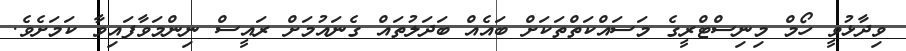
ވިދާޅުވީ ހޯމް މިނިސްޓްރީގެ މަސައްކަތްތަކަށް ބައެއް ބަދަލުތައް ގެނައުމަށް ރައީސް ނިންމަވާފައިވާ ކަމަށެވެ.